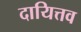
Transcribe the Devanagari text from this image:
दायित्तव